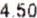
4.50